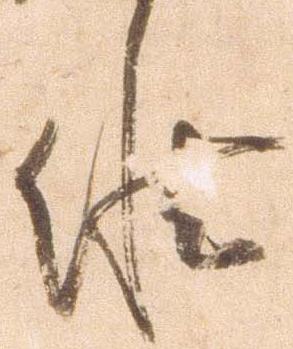
候